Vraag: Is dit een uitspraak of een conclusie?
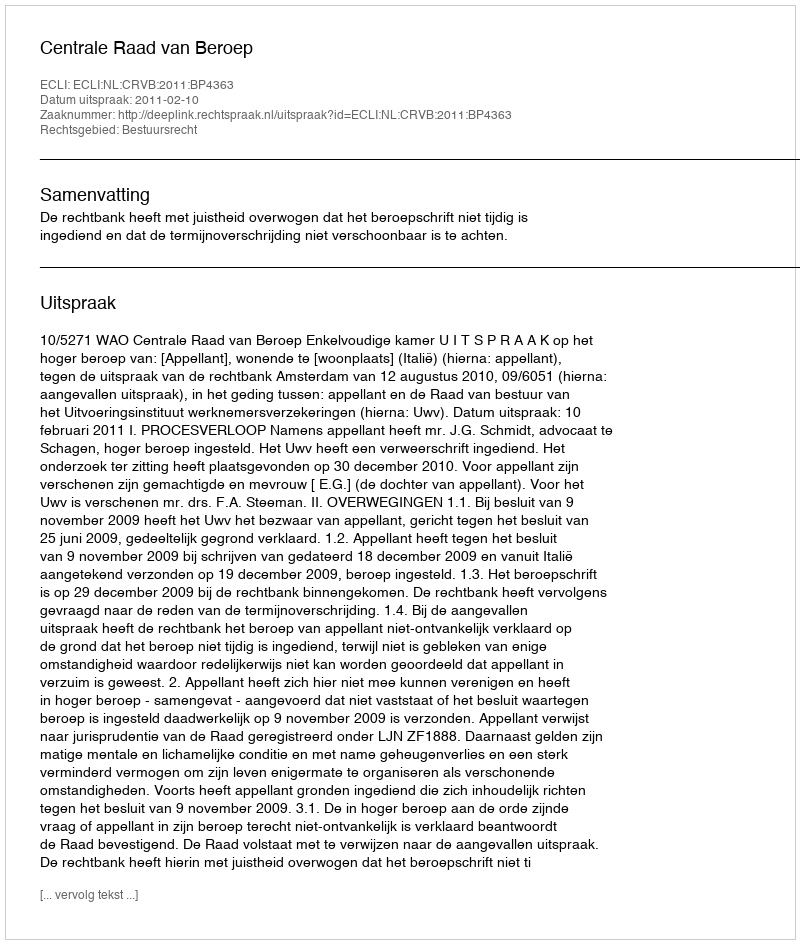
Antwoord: Uitspraak